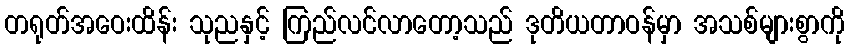
တရုတ်အဝေးထိန်း သုညနှင့် ကြည်လင်လာတော့သည် ဒုတိယတာဝန်မှာ အသစ်များစွာကို